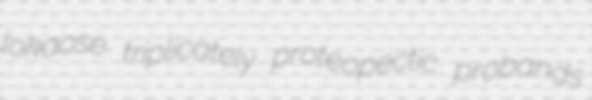
lokaose triplicately proteopectic probands